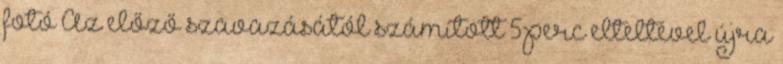
fotó Az előző szavazásától számított 5 perc elteltével újra